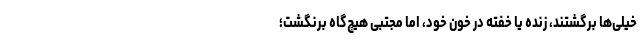
خیلی‌ها برگشتند، زنده یا خفته در خون خود، اما مجتبی هیچ‌گاه برنگشت؛